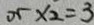
0 5 \times 2 = 3